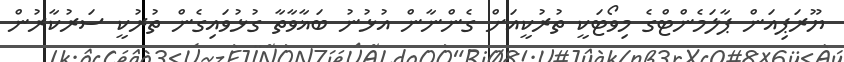
ޔޫރަޕިއަން ޕާލަމެންޓްގެ މިވޯޓަކީ ތުރުކީއަށް ގެންނާން އުޅުނު ބަޣާވާތާ ގުޅުވައިގެން ތުރުކީ ސަރުކާރުން